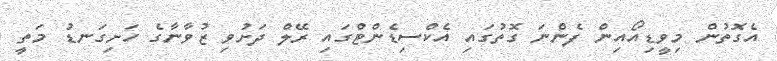
އެގޮތުން މިވީޑިއޯއިން ފެންނަ ގޮތުގައި އެކްސިޑެންޓްގައި ރޭލް ދަށުވި ޒުވާނާގެ ހަށިގަނޑު މަތީ